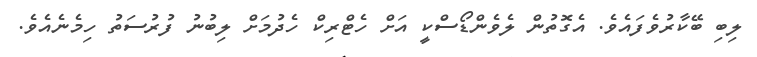
ލިބި ބޭކާރުވެފައެވެ. އެގޮތުން ލެވެންޑޯސްކީ އަށް ހެޓްރިކް ހެދުމަށް ލިބުނު ފުރުސަތު ހިމެނެއެވެ.